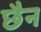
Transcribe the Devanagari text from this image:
छैन